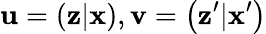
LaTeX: \mathbf{u}=\left(\mathbf{z}|\mathbf{x}\right),\mathbf{v}=\left(\mathbf{z}^{\prime}|\mathbf{x}^{\prime}\right)